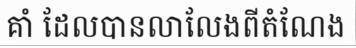
គាំ ដែលបានលាលែងពីតំណែង